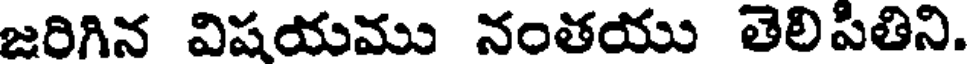
జరిగిన విషయము నంతయు తెలిపితిని.